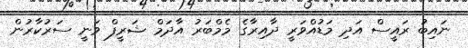
ނައިބު ރައީސް އަދި މަޑުއްވަރީ ދާއިރާގެ މެމްބަރު އާދަމް ޝަރީފް ވަނީ ސަރުކާރުން